Civil Veterinary Dept. Assam report 1911-1927 - 1911-1927
Year: 1911
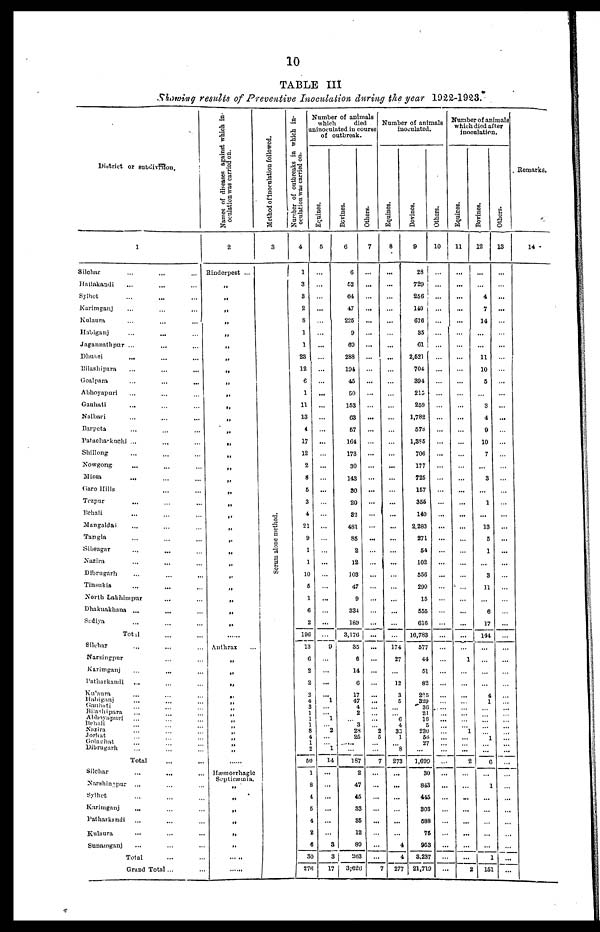
10
TABLE III
Showing results of Preventive Inoculation during the year 1922-1923.
District or subdivision.
1
Silchar ... ... ...
Hailakandi ... ... ...
Sylhet ... ... ...
Karimganj ... ... ...
Kalaura ... ... ...
Habiganj ... ... ...
Jagannathpur ... ... ...
Dhubri ... ... ...
Bilashipara ... ... ...
Goalpara ... ... ...
Abhoyapuri ... ... ...
Gauhati ... ... ...
Nalbari ... ... ...
Barpeta ... ... ...
Patacha kuchi ... ... ...
Shillong ... ... ...
Nowgong ... ... ...
Missa ... ... ...
Garo Hills ... ... ...
Tezpur ... ... ...
Behali ... ... ...
Mangaldai ... ... ...
Tangla ... ... ...
Sibsagar ... ... ...
Nazira ... ... ...
Dibrugarh ... ... ...
Tinsukia ... ... ...
North Lakhimpur ... ... ...
Dhakuakhana ... ... ...
Sadiya ... ... ...
Total ... ...
Silchar ... ... ...
Narsingpur ... ... ...
Karimganj ... ... ...
Patharkandi ... ... ...
Kulaura ... ... ...
Habiganj ... ... ...
Gauhati ... ... ...
Bilashipara ... ... ...
Abhoyapuri ... ... ...
Behali ... ... ...
Nazira ... ... ...
Jorhat ... ... ...
Golaghat ... ... ...
Dibrugarh ... ... ...
Total ... ...
Silchar ... ... ...
Narshingpur ... ... ...
Sylhet ... ... ...
Karimganj ... ... ...
Patharkandi ... ... ...
Kulaura ... ... ...
Sunamganj ... ... ...
Total ... ...
Grand Total ... ...
Names of diseases against which in-
oculation was carried on.
2
Rinderpest ...
„
„
„
„
„
„
„
„
„
„
„
„
„
„
„
„
„
„
„
„
„
„
„
„
„
„
„
„
......
Anthrax ...
„
„
„
„
„
„
„
„
„
„
„
„
„
......
Hæmorrhagic
Septicæmia.
„
„
„
„
„
„
......
Method ofinoculation followed.
3
Serum alone method.
Number of outbreaks
in which in-
oculation was carried on.
4
1
3
3
2
8
1
1
23
12
6
1
11
13
4
17
12
2
8
5
3
4
21
9
1
1
10
6
1
6
2
196
13
6
2
2
2
4
3
1
1
1
8
4
1
2
60
1
8
4
6
4
2
6
30
276
Number of animals
which
died
ainoculated in course
of outbreak.
Equines.
5
...
...
...
...
...
...
...
...
...
...
...
...
...
...
...
...
...
...
...
...
...
...
...
...
...
...
...
...
...
...
...
9
...
...
...
1
... 1
2
1
14
...
...
...
...
...
...
a
a
17
Bevines.
6
6
62
64
47
226
9
69
288
194
45
50
163
63
67
164
173
30
143
30
20
32
481
85
2
12
103
47
9
334
189
3,176
35
6
14
6
17
47
4
2
3 28
25
...
...
187
2
47
45
33
35
12
89
263
3;626
Others.
7
...
...
...
...
...
...
...
...
...
...
...
...
...
...
...
...
...
...
...
...
...
...
...
...
...
...
...
...
...
...
...
...
...
...
...
...
...
...
...
...
2 5
...
...
7
...
...
...
...
...
...
...
...
7
Number of animals
inoculated.
Equines.
8
...
...
...
...
...
...
...
...
...
...
...
...
...
...
...
...
...
...
...
...
...
...
...
...
...
...
...
...
...
...
...
174
27
...
12
3
5
... ... 6 4
33
1
... 8
273
...
...
...
...
...
...
4
4
277
Bovines.
9
28
729
256
149
676
35
61
2,521
704
394
215
259
1,782
578
1,385
706
177
725
157
356
140
2,283
271
54
102
556
299
15
555
616
16,783
577
44
51
82
225
329
36
21
16
5
230
56
27
...
1,699
30
843
446
803
688
76
953
3,237
21,710
Others.
10
...
...
...
...
...
...
...
...
...
...
...
...
...
...
...
...
...
...
...
...
...
...
...
...
...
...
...
...
...
...
...
...
...
...
...
...
...
... ...
...
...
...
...
... ...
...
...
...
...
...
...
...
...
...
...
Number of animals
which died after
inoculation.
Equines.
11
...
...
...
...
...
...
...
...
...
...
...
...
...
...
...
...
...
...
...
...
...
...
...
...
...
...
...
...
...
...
...
...
1
...
...
...
...
... ...
...
... 1
...
... ...
2
...
...
...
...
...
...
...
...
2
Bovines.
12
...
...
4
7
14
...
...
11
10
5
...
3
4
9
10
7
...
3
...
1
...
13
5
1
...
3
11
...
6
17
144
...
...
...
...
4
1
... ...
...
...
... ...
... ...
6
...
1
...
...
...
...
...
1
161
Others.
13
...
...
...
...
...
...
...
...
...
...
...
...
...
...
...
...
...
...
...
...
...
...
...
...
...
...
...
...
...
...
...
...
...
...
...
...
...
... ...
...
...
... ...
...
...
...
...
...
...
...
...
...
...
Remarks.
14